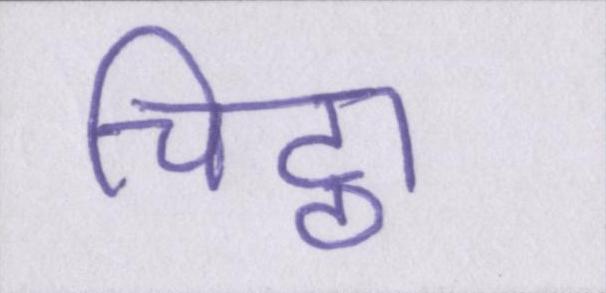
चिट्ठा